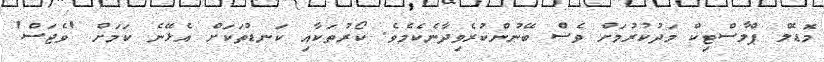
މޮޑެލް ޕްލާސްޓިކް މަދުކުރުމަށް ވެސް ބޭނުންކުރެވިދާނެކެމެވެ. ކޯރުތަކާއި ކަނޑުތަކަށް އެޅޭނެ ކަމަށް 'ވެޖަސް'